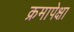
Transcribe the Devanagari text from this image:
क्रमापेक्षा